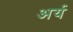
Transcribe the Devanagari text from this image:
अर्य